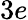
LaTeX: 3e